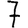
Digit: 7